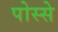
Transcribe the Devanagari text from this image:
पोस्से